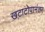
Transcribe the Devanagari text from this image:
खटाटोपानंतर